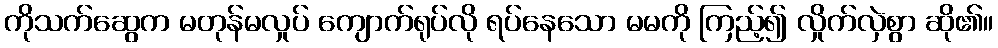
ကိုသက်ဆွေက မတုန်မလှုပ် ကျောက်ရုပ်လို ရပ်နေသော မမကို ကြည့်၍ လှိုက်လှဲစွာ ဆို၏။